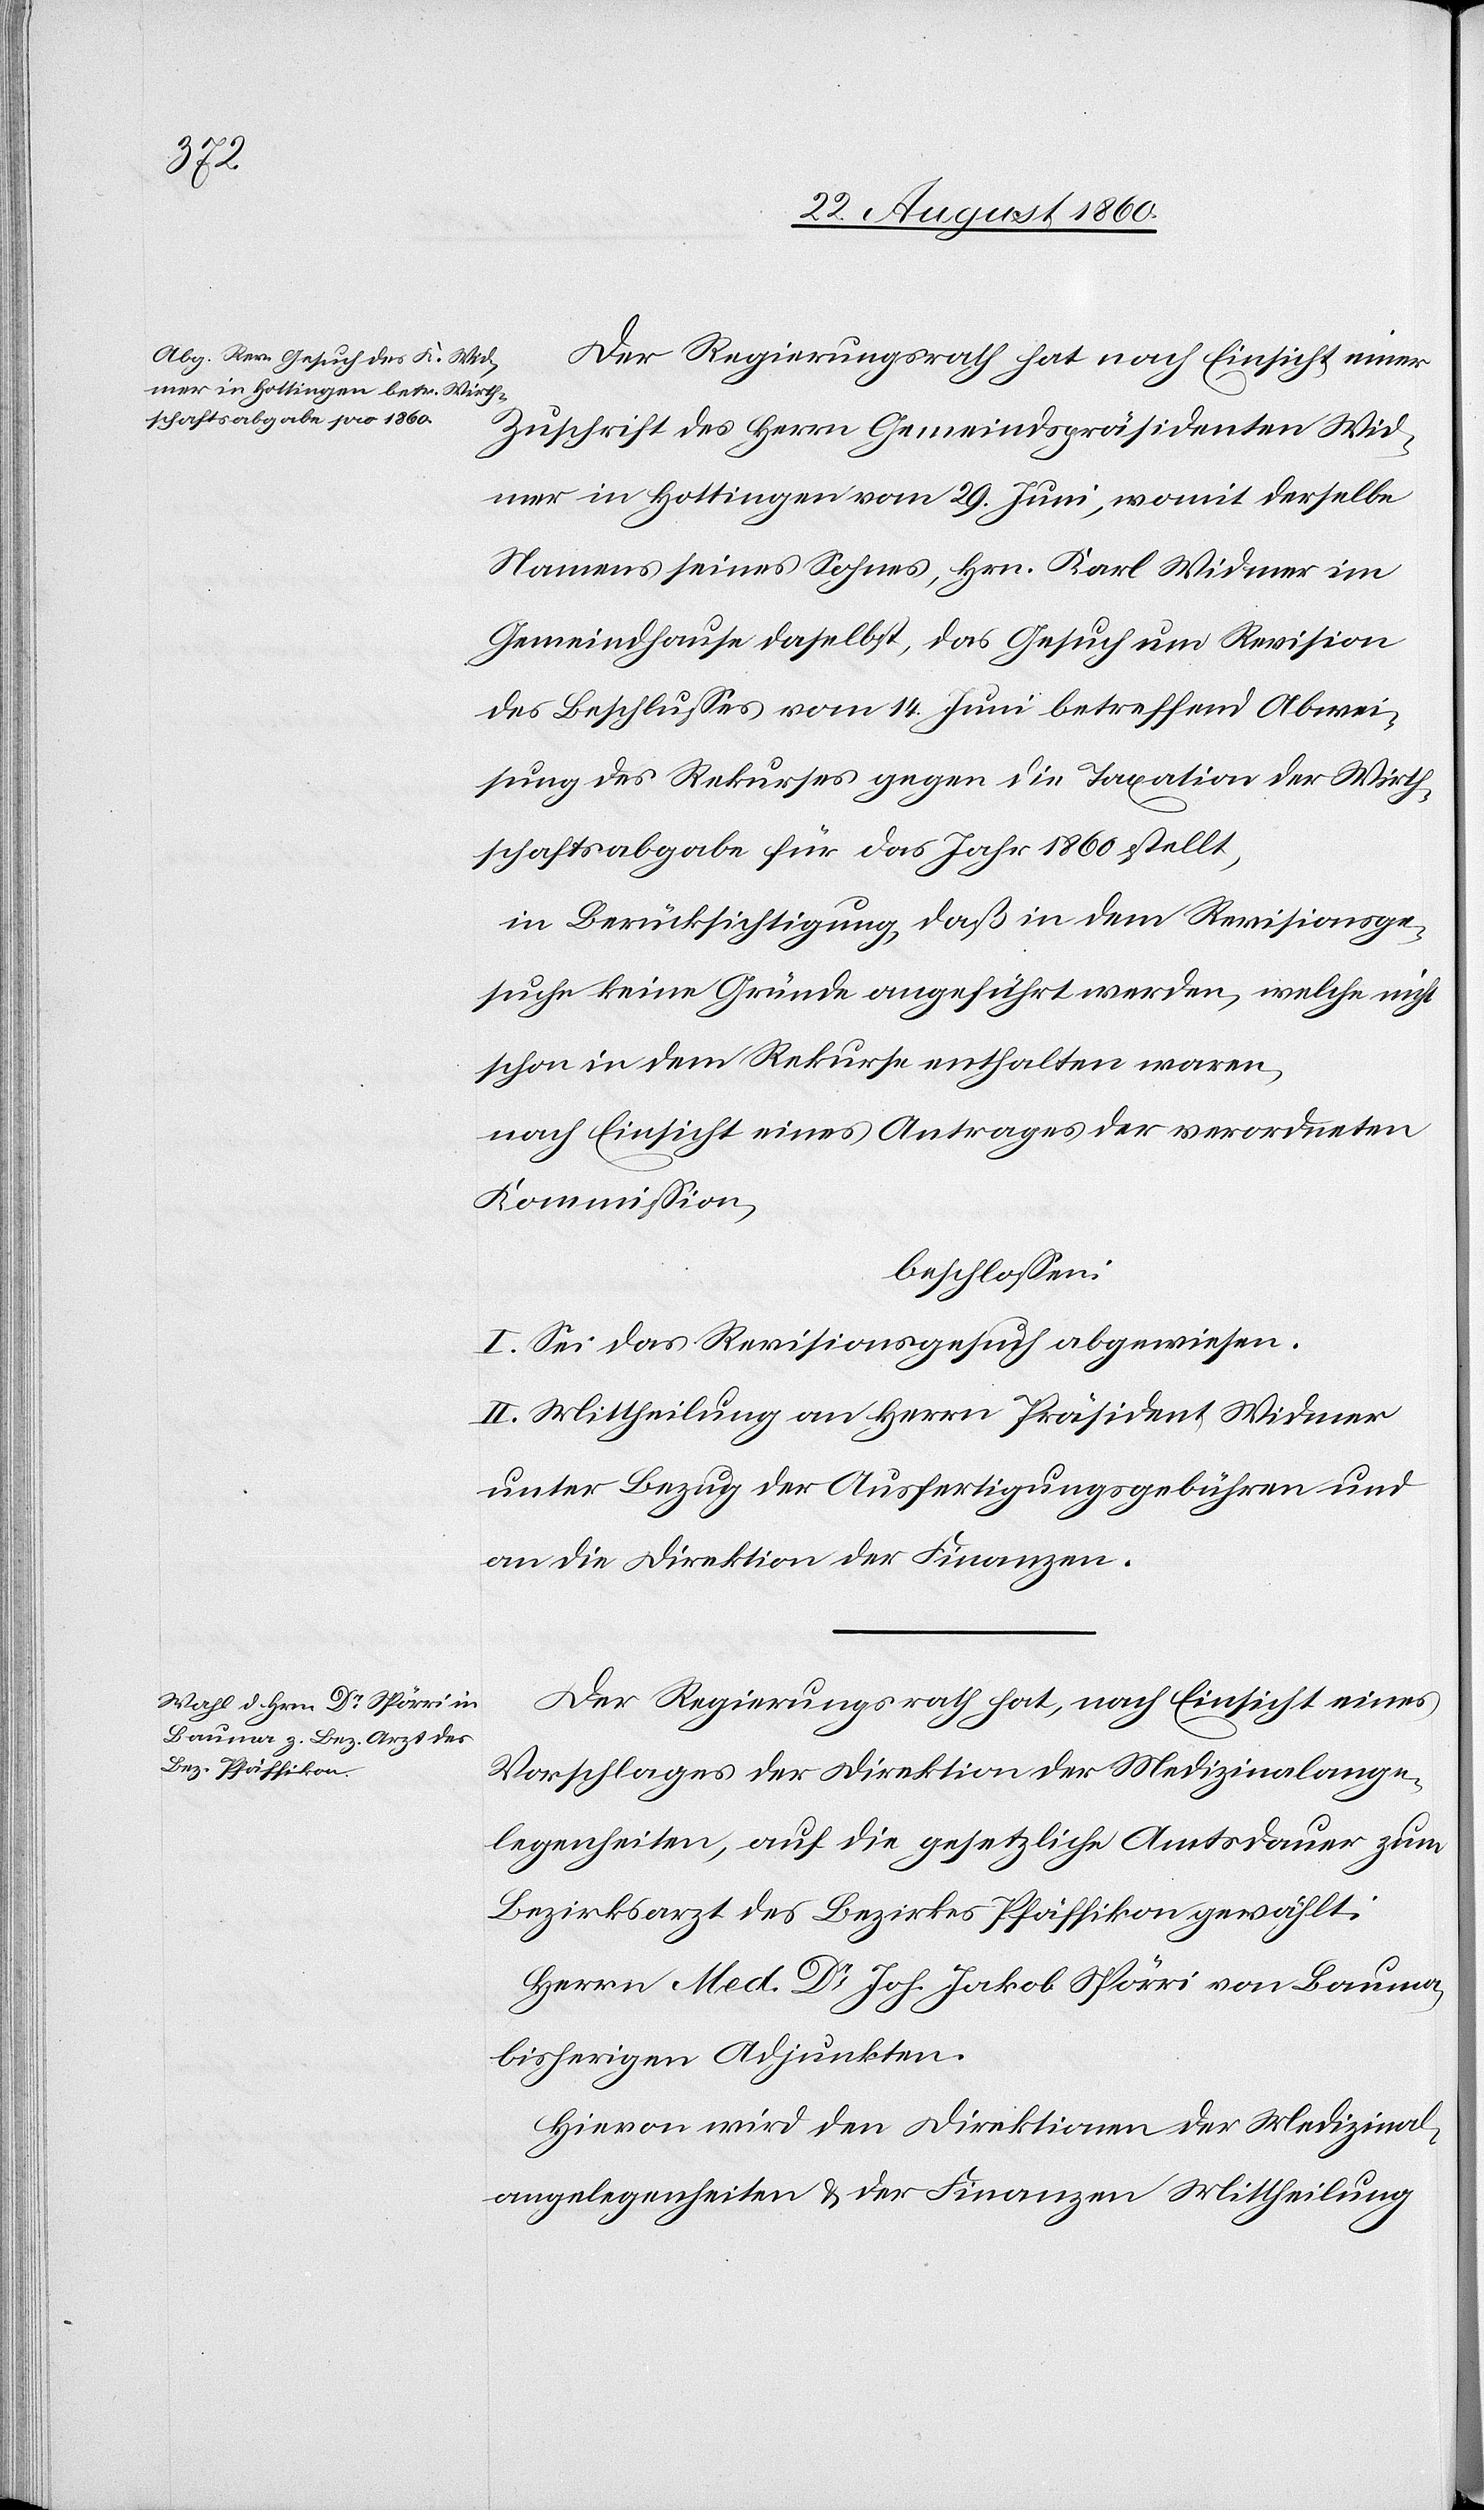
Der Regierungsrath hat, nach Einsicht einer
Zuschrift des Hrn. Gemeindspräsidenten Wid¬
mer in Hottingen vom 29. Juni, womit derselbe
Namens seines Sohnes, Herrn Karl Widmer im
Gemeindhause daselbst, das Gesuch um Revision
des Beschlusses vom 14. Juni betreffend Abwei¬
sung des Rekurses gegen die Taxation der Wirth¬
schaftsabgabe für das Jahr 1860 stellt,
in Berücksichtigung, dass in dem Revisionsge¬
suche keine Gründe angeführt werden, welche nicht
schon in dem Rekurse enthalten waren,
nach Einsicht eines Antrages der verordneten
Kommission,
beschlossen:
I. Sei das Revisionsgesuch abgewiesen.
II. Mittheilung an Hrn. Präsident Widmer
unter Bezug der Ausfertigungsgebühren u.
an die Direktion der Finanzen.
Der Regierungsrath hat, nach Einsicht eines
Vorschlages der Direktion der Medizinalange¬
legenheiten auf die gesetzliche Amtsdauer zum
Bezirksarzt des Bezirkes Pfäffikon gewählt:
Herrn Med. Dr. Joh. Jakob Spörri von Bauma
bisherigen Adjunkten.
Hievon wird den Direktionen der Medizinal¬
angelegenheiten und der Finanzen Mittheilung